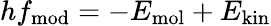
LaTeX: hf_{\mathrm{mod}}=-E_{\mathrm{mol}}+E_{\mathrm{kin}}